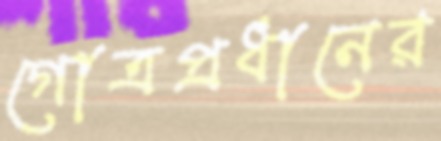
গোত্রপ্রধানের